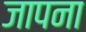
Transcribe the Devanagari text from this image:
जापना